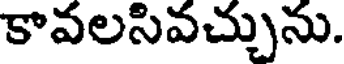
కావలసివచ్చును.